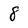
Character: 8